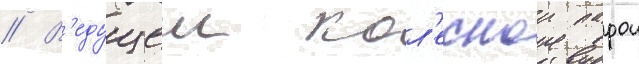
// В'едущеи кол'еснои парои